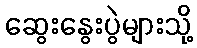
ဆွေးနွေးပွဲများသို့